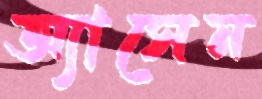
অ্যাসেন